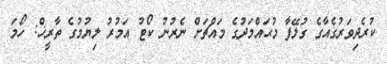
ކުރެދިވަރުގެއާގެ ގުލޭފާ މުޙައްމަދުގެ މައްޗަށް ނެރުނު ކޯޓު އަމުރު ލިޔުމުގެ ތާރީޚް: ހޯމަ